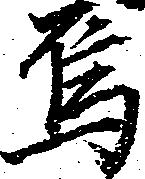
烏